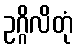
ဥဂ္ဂိလိတုံ